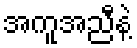
အကူအညီနဲ့